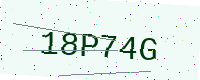
Text: 18P74G